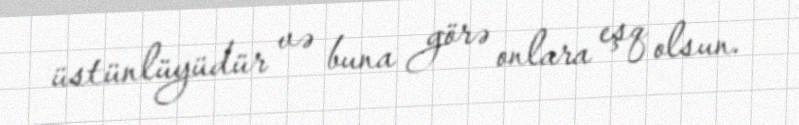
üstünlüyüdür və buna görə onlara eşq olsun.